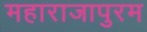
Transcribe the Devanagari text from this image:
महाराजापुरम